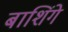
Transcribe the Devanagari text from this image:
बाशिंगे